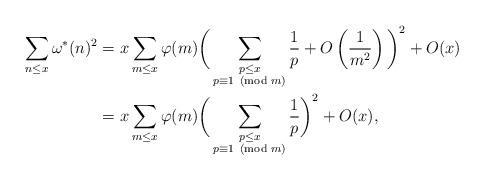
LaTeX: \begin{align*}\sum_{n\le x}\omega^*(n)^2&=x\sum_{m\le x}\varphi(m)\bigg(\sum_{\substack{p\le x\\p\equiv 1\!\!\!\pmod{m}}}\frac{1}{p}+O\left(\frac{1}{m^2}\right)\bigg)^2+O(x)\\&=x\sum_{m\le x}\varphi(m)\bigg(\sum_{\substack{p\le x\\p\equiv 1\!\!\!\pmod{m}}}\frac{1}{p}\bigg)^2+O(x),\end{align*}